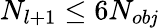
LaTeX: N_{l+1}\le6N_{ob\mathit{j}}